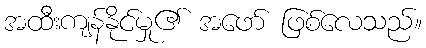
အထီးကျန်နိုင်မှု၏ အဖော် ဖြစ်လေသည်။